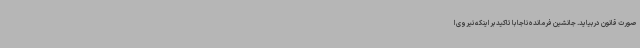
صورت قانون دربیاید. جانشین فرمانده ناجا با تاکید بر اینکه نیروی ا